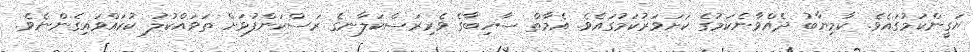
ޔަގީންކަމުގައެވެ. ކާމިޔާބު ދެއްވާނެކަމުގެ ކަށަވަރުކަމުގައެވެ. އެމާތް ސާހިބާގެ ވެރިރަސްކަލާނގެ ރަސްކަންފުޅަށް ތަވައްކުލު ކުރައްވައިގެންނެވެ.